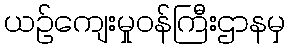
ယဉ်ကျေးမှုဝန်ကြီးဌာနမှ